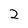
Character: 2